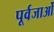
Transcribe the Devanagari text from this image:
पूर्वजाओं